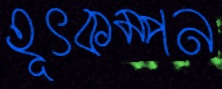
হূৎকম্পন